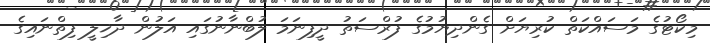
މިކޯޓުގެ މަސައްކަތް ކުރިޔަށް ގެންދިޔުމުގެ ފުރްސަތު ދީފިނަމަ ލުބްނާނުގައި އަލުން ދާޚިލީ ފިތްނައިގެ